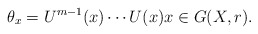
\begin{align*}\theta_x=U^{m-1}(x)\cdots U(x)x\in G(X,r).\end{align*}